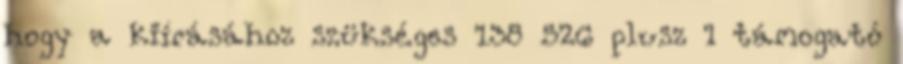
hogy a kiírásához szükséges 138 526 plusz 1 támogató